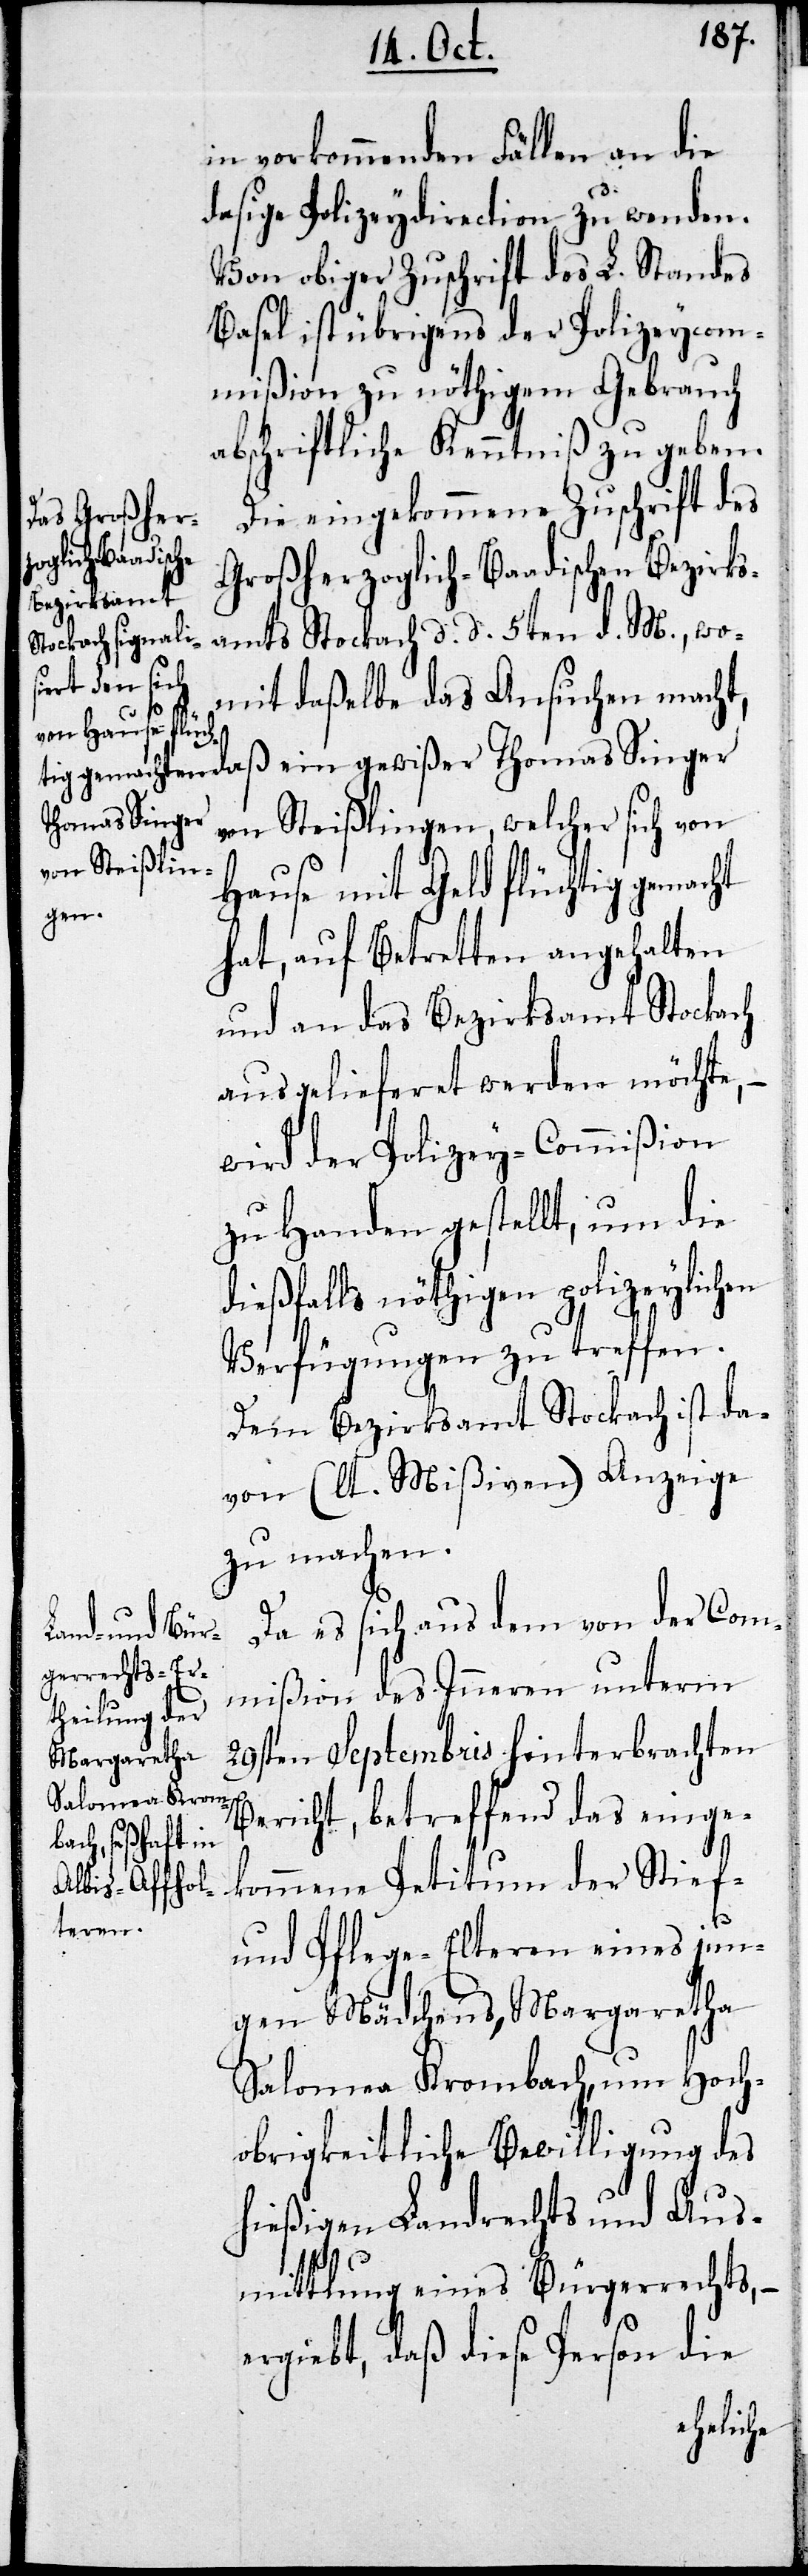
in vorkommenden Fällen an die
dasige Polizeydirection zu wenden.
Von obiger Zuschrift des L. Standes
Basel ist übrigens der Polizeycom¬
mißion zu nöthigem Gebrauch
abschriftliche Kenntniß zu geben.
Die eingekommene Zuschrift des
Großherzoglich-Baadischen Bezirks¬
amts Stockach d. d. 5ten d. M., wo¬
mit daßelbe das Ansuchen macht,
Thomas Singer
von Steißlingen, welcher sich von
Hause mit Geld flüchtig gemacht
hat, auf Betretten angehalten
und an das Bezirksamt Stockach
ausgelieferet werden möchte, –
wird der Polizey-Commißion
zu Handen gestellt, um die
dießfalls nöthigen polizeylichen
Verfügungen zu treffen.
Dem Bezirksamts Stockach ist da¬
von (lt. Mißiven) Anzeige
zu machen.
Da es sich aus dem von der Com¬
mißion des Inneren unterm
29sten Septembris hinterbrachten
Bericht, betreffend des einge¬
kommenen Petitum der Stief-
und Pflege-Eltern eines jun¬
gen Mädchens, Margaretha
Salomea Krombach, um Hoch¬
obrigkeitliche Bewilligung des
hießigen Landrechts und Aus¬
mittlung eines Bürgerrechts, –
ergiebt, daß diese Person die